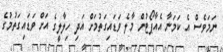
ނަމަވެސް އެ ކަމަނާ އެއާޕޯޓުން މާލެ ވަޑައިގަތުމަށް އަދި ހިލާލީގެ އަށް ވަޑައިގަތުމުގެ